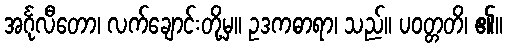
အင်္ဂုလီတော၊ လက်ချောင်းတို့မှ။ ဥဒကဓာရာ၊ သည်။ ပဝတ္တတိ၊ ၏။